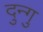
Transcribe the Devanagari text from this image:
दुन्गु